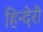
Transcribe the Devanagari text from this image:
हिन्देरी